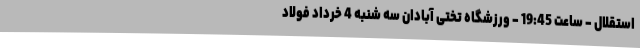
استقلال - ساعت 19:45 - ورزشگاه تختی آبادان سه شنبه 4 خرداد فولاد